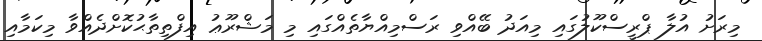
މިރަށު އުލާ ޕްރީސްކޫލުގައި މިއަދު ބޭއްވި ރަސްމިއްޔާތެއްގައި މި މަޝްރޫޢު އިފްތިތާޙުކޮށްދެއްވާ މިކަމާއި